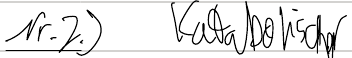
Nr.2.) Katabolischer